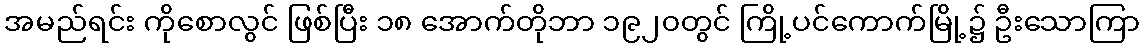
အမည်ရင်း ကိုစောလွင် ဖြစ်ပြီး ၁၈ အောက်တိုဘာ ၁၉၂၀တွင် ကြို့ပင်ကောက်မြို့၌ ဦးသောကြာ